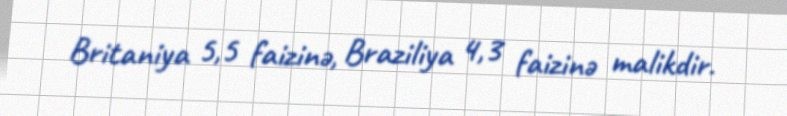
Britaniya 5,5 faizinə, Braziliya 4,3 faizinə malikdir.